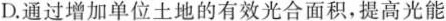
D.通过增加单位土地的有效光合面积，提高光能